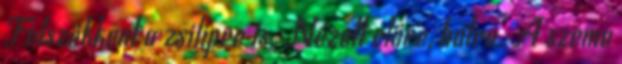
Felszökkent a zsilipre is. Nézett előre, hátra. A szeme